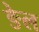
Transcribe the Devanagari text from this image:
ङेल